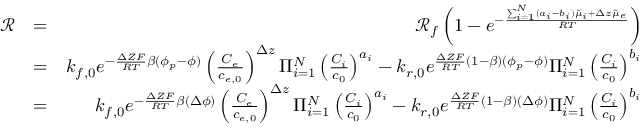
\begin{array} { r l r } { \mathcal { R } } & { = } & { \mathcal { R } _ { f } \left( 1 - e ^ { - \frac { \sum _ { i = 1 } ^ { N } ( a _ { i } - b _ { i } ) \tilde { \mu } _ { i } + \Delta z \tilde { \mu } _ { e } } { R T } } \right) } \\ & { = } & { k _ { f , 0 } e ^ { - \frac { \Delta Z F } { R T } \beta ( \phi _ { p } - \phi ) } \left( \frac { C _ { e } } { c _ { e , 0 } } \right) ^ { \Delta z } \Pi _ { i = 1 } ^ { N } \left( \frac { C _ { i } } { c _ { 0 } } \right) ^ { a _ { i } } - k _ { r , 0 } e ^ { \frac { \Delta Z F } { R T } ( 1 - \beta ) ( \phi _ { p } - \phi ) } \Pi _ { i = 1 } ^ { N } \left( \frac { C _ { i } } { c _ { 0 } } \right) ^ { b _ { i } } } \\ & { = } & { k _ { f , 0 } e ^ { - \frac { \Delta Z F } { R T } \beta ( \Delta \phi ) } \left( \frac { C _ { e } } { c _ { e , 0 } } \right) ^ { \Delta z } \Pi _ { i = 1 } ^ { N } \left( \frac { C _ { i } } { c _ { 0 } } \right) ^ { a _ { i } } - k _ { r , 0 } e ^ { \frac { \Delta Z F } { R T } ( 1 - \beta ) ( \Delta \phi ) } \Pi _ { i = 1 } ^ { N } \left( \frac { C _ { i } } { c _ { 0 } } \right) ^ { b _ { i } } } \end{array}